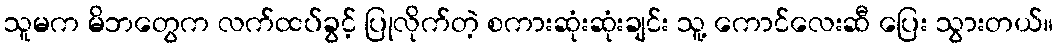
သူမက မိဘတွေက လက်ထပ်ခွင့် ပြုလိုက်တဲ့ စကားဆုံးဆုံးချင်း သူ့ ကောင်လေးဆီ ပြေး သွားတယ်။